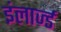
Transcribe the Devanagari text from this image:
इंलार्ज्ड